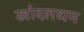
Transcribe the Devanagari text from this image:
खोदलधम